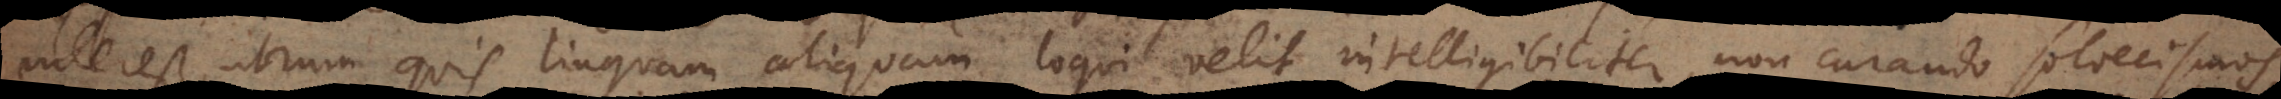
interest utrum quis linguam aliquam loqui velit intelligibiliter, non curando soloecismos,